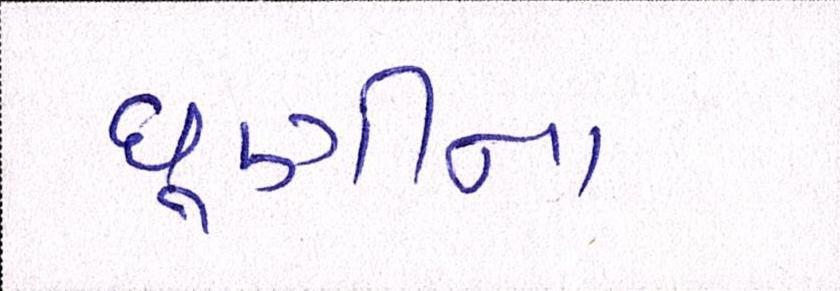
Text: ધૂણીના